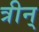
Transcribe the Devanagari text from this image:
त्रीन्